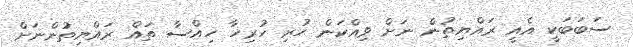
ސަބަބަކީ އެއީ ރައްޔިތުން ނަށް ވިއްކަން ހުރި ހުރިހާ ހިއްސާ ތައް ރައްޔިތުންނަށް